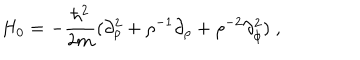
LaTeX: H _ { 0 } = - \frac { \hbar ^ { 2 } } { 2 m } ( \partial _ { \rho } ^ { 2 } + \rho ^ { - 1 } \partial _ { \rho } + \rho ^ { - 2 } \partial _ { \phi } ^ { 2 } ) \; ,